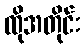
ထိုအတိုင်း